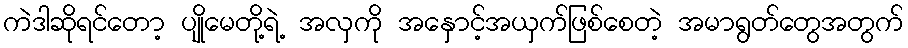
ကဲဒါဆိုရင်တော့ ပျိုမေတို့ရဲ့ အလှကို အနှောင့်အယှက်ဖြစ်စေတဲ့ အမာရွတ်တွေအတွက်